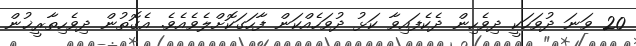
20 ވަނަ ދުވަހަކީ ދިވެހިން ދެކެފައިވާ ކަޅު ދުވަހެއްކަން ފާހަގަކޮށްލެވެއެވެ. އެގޮތުން ދިވެހިތާރީޚުން